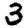
Digit: 3